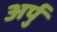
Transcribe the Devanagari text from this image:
अर्पु